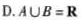
D.$$A ∪ B = R$$